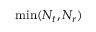
\operatorname* { m i n } ( N _ { t } , N _ { r } )